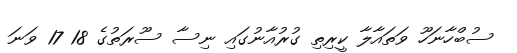
ސުބްހާނަހޫ ވަތައާލާ ކީރިތި ގުރުއާނުގައި ނިސާ ސޫރަތުގެ 18 17 ވަނަ